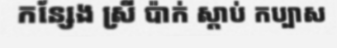
កន្សែង ស្រី ប៉ាក់ ស្តាប់ កប្បាស